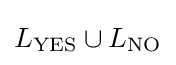
L_{\text{YES}}\cup L_{\text{NO}}